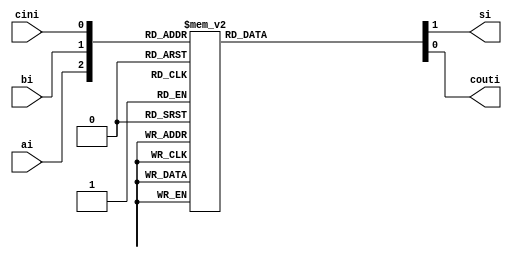
//Rolando Rosales 1001850424 - Full Adder
module fulladder (
	input ai, bi, cini,
	output reg si, couti);
		always @ (ai,bi,cini)
			case ({ai,bi,cini})
				3'b000: begin couti = 1'b0; si = 1'b0; end
				3'b001: begin couti = 1'b0; si = 1'b1; end
				3'b010: begin couti = 1'b0; si = 1'b1; end
				3'b011: begin couti = 1'b1; si = 1'b0; end
				3'b100: begin couti = 1'b0; si = 1'b1; end
				3'b101: begin couti = 1'b1; si = 1'b0; end
				3'b110: begin couti = 1'b1; si = 1'b0; end
				3'b111: begin couti = 1'b1; si = 1'b1; end
			endcase
endmodule